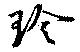
珍